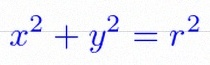
x^2+y^2=r^2